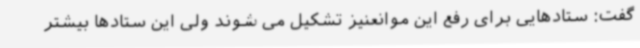
گفت: ستادهایی برای رفع این موانعنیز تشکیل می شوند ولی این ستادها بیشتر